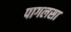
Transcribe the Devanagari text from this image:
पागलसा